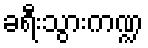
ခရီးသွားကဏ္ဍ